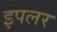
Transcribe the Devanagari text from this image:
इंपेलर